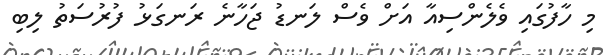
މި ހާފުގައި ވެލެންސިއާ އަށް ވެސް ލަނޑު ޖަހާނެ ރަނގަޅު ފުރުސަތު ލިބި